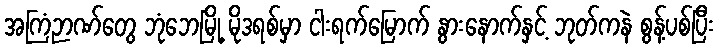
အကြံဉာဏ်တွေ ဘုံဘေမြို့ မိုဒရစ်မှာ ငါးရက်မြောက် နွားနောက်နှင့် ဘုတ်ကနဲ စွန့်ပစ်ပြီး